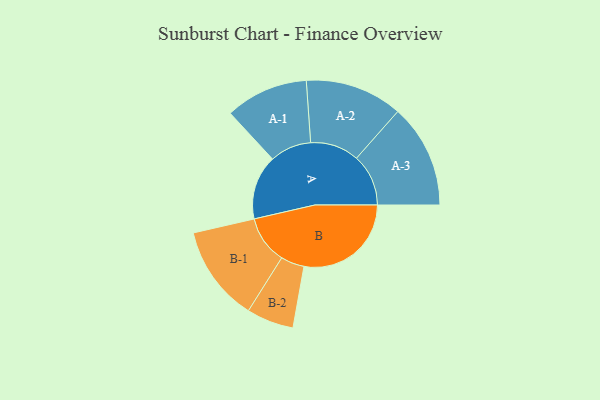
{"axis": {"x": "Segment", "y": "Value"}, "legend": ["", "A", "B"], "data": [{"x": "A", "y": 284, "type": ""}, {"x": "B", "y": 473, "type": ""}, {"x": "A-1", "y": 183, "type": "A"}, {"x": "A-2", "y": 215, "type": "A"}, {"x": "A-3", "y": 229, "type": "A"}, {"x": "B-1", "y": 212, "type": "B"}, {"x": "B-2", "y": 104, "type": "B"}]}